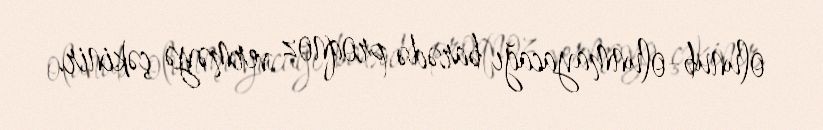
olunub-olunmayacağı barədə proqnoz verməyə çəkinir.